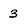
Character: 3